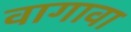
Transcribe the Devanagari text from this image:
वागावा